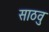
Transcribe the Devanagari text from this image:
साठवु